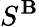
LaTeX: S^{\mathbf{B}}